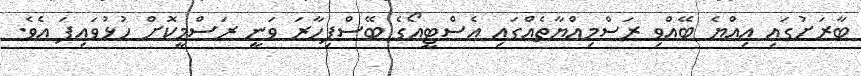
ބާރަށުގައި އިއްޔެ ބޭއްވި ރަސްމިއްޔާތެއްގައި އެސްޓީއޯގެ ބޭސްފިހާރަ ވަނީ ރަސްމީކޮށް ހުޅުވައިފަ އެވެ.